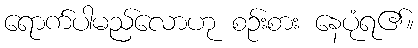
ရောက်ပါမည်လောဟု စဉ်းစား နေပုံရ၏။